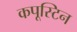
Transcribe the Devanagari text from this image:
कपूस्टिन